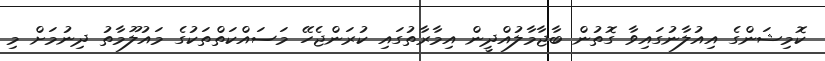
ކޮމިޝަންގެ އިއުލާނުގައިވާ ގޮތުން ބާޖާމާލުއްދީން އިމާރާތުގައި ކުރަންޖެހޭ މަސައްކަތްތަކުގެ މައުލޫމާތު ދިނުމަށް މި